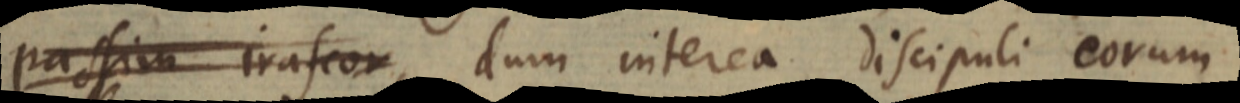
passim irascor, dum interea discipuli eorum